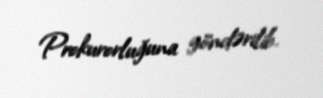
Prokurorluğuna göndərilib.